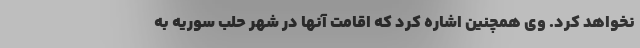
نخواهد کرد. وی همچنین اشاره کرد که اقامت آنها در شهر حلب سوریه به